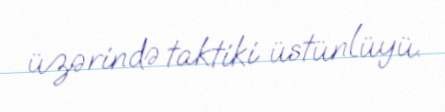
üzərində taktiki üstünlüyü.